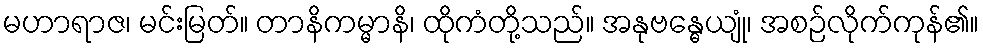
မဟာရာဇ၊ မင်းမြတ်။ တာနိကမ္မာနိ၊ ထိုကံတို့သည်။ အနုဗန္ဓေယျုံ၊ အစဉ်လိုက်ကုန်၏။